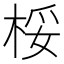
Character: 桵